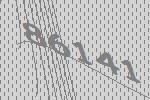
86141